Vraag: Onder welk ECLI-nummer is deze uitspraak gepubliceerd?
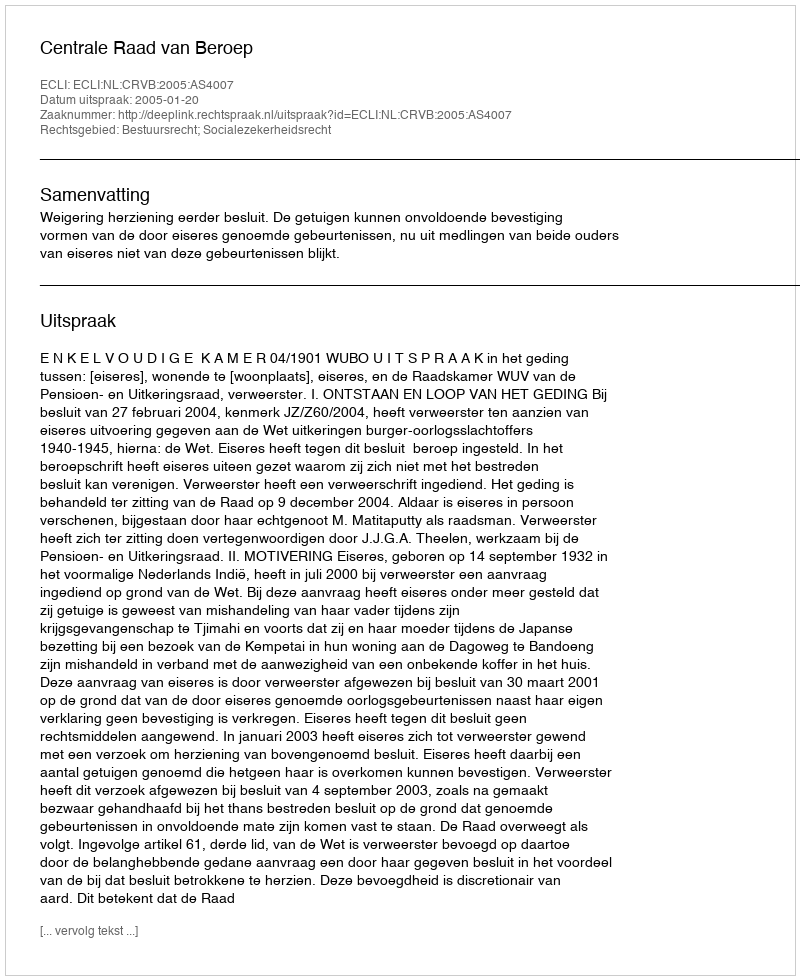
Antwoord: ECLI:NL:CRVB:2005:AS4007